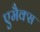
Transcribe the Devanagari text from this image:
एमैक्स